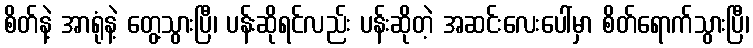
စိတ်နဲ့ အာရုံနဲ့ တွေ့သွားပြီ၊ ပန်းဆိုရင်လည်း ပန်းဆိုတဲ့ အဆင်းလေးပေါ်မှာ စိတ်ရောက်သွားပြီ၊